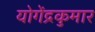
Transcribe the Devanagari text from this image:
योगेंद्रकुमार